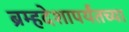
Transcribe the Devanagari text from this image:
ब्रम्हदेशापर्यंतच्या